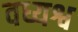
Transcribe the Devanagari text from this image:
वध्यश्व